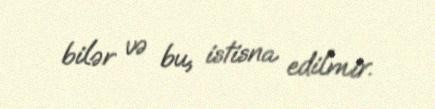
bilər və bu, istisna edilmir.